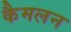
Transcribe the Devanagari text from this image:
कैमलन